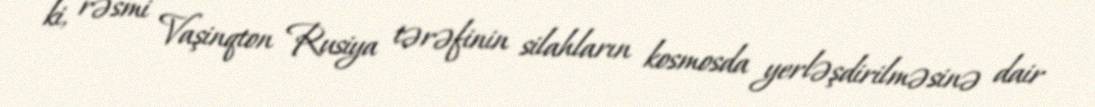
ki, rəsmi Vaşinqton Rusiya tərəfinin silahların kosmosda yerləşdirilməsinə dair